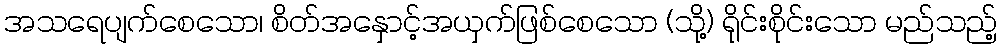
အသရေပျက်စေသော၊ စိတ်အနှောင့်အယှက်ဖြစ်စေသော (သို့) ရိုင်းစိုင်းသော မည်သည့်